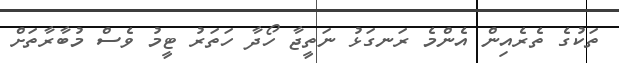
ތަކުގެ ތެރެއިން އެންމެ ރަނގަޅު ނަތީޖާ ހޯދާ ހަތަރު ޓީމު ވެސް މުބާރާތަށް